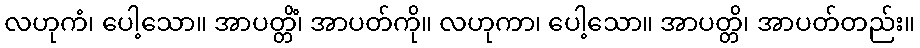
လဟုကံ၊ ပေါ့သော။ အာပတ္တိံ၊ အာပတ်ကို။ လဟုကာ၊ ပေါ့သော။ အာပတ္တိ၊ အာပတ်တည်း။